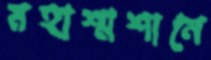
মহাশ্মশানে